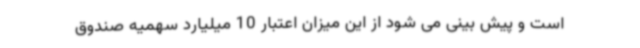
است و پیش بینی می شود از این میزان اعتبار 10 میلیارد سهمیه صندوق